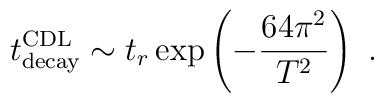
t^{\rm CDL}_{\rm decay}\sim t_r    \exp\left(-{64\pi^2\over T^2}\right)\ .